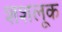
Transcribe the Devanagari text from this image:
शशलूक